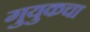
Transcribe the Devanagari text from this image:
गुयुकचा